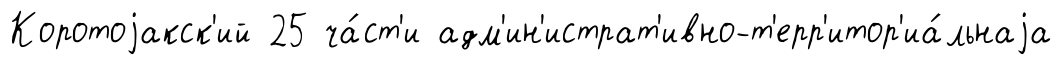
Коротоjакск'ий 25 ча́ст'и адм'ин'истрат'ивно-т'ерр'итор'иа́льнаjа